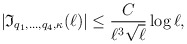
\begin{align*}|\mathfrak{I}_{q_1,\ldots, q_4, \kappa}(\ell)|\leq \frac{C}{\ell^3 \sqrt{\ell}}\log \ell,\end{align*}